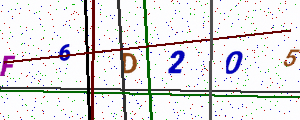
Text: F6D205